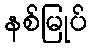
နစ်မြုပ်